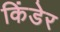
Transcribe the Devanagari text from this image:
किंडेर